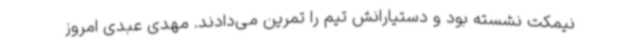
نیمکت نشسته بود و دستیارانش تیم را تمرین می‌دادند. مهدی عبدی امروز